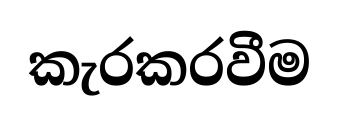
කැරකරවීම